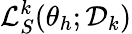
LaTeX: \mathcal{L}_{S}^{k}(\theta_{h};\mathcal{D}_{k})